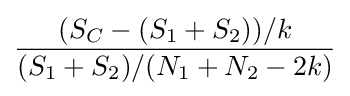
{\frac {(S_{C}-(S_{1}+S_{2}))/k}{(S_{1}+S_{2})/(N_{1}+N_{2}-2k)}}